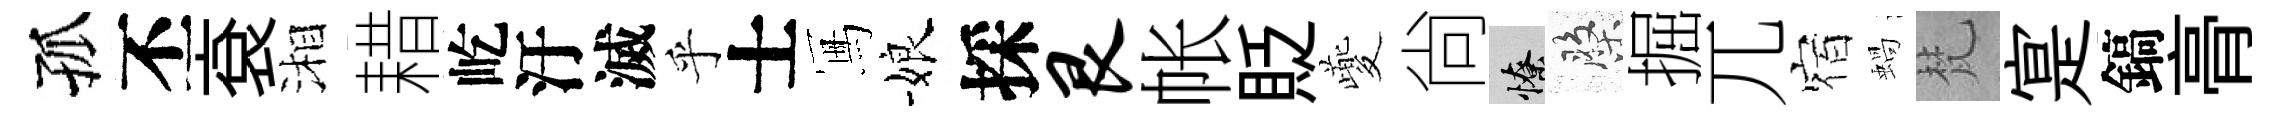
孤丕袞湘耤屹汙滅乎士冩娘採艮帐貶夔尙憭盤掘兀宿蝸梵寔鎬𮌔